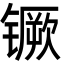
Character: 镢